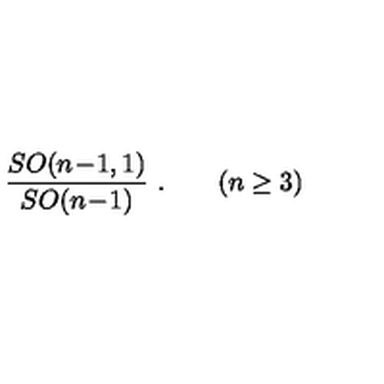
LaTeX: { \frac { S O ( n \! - \! 1 , 1 ) } { S O ( n \! - \! 1 ) } } \ . \qquad ( n \geq 3 )